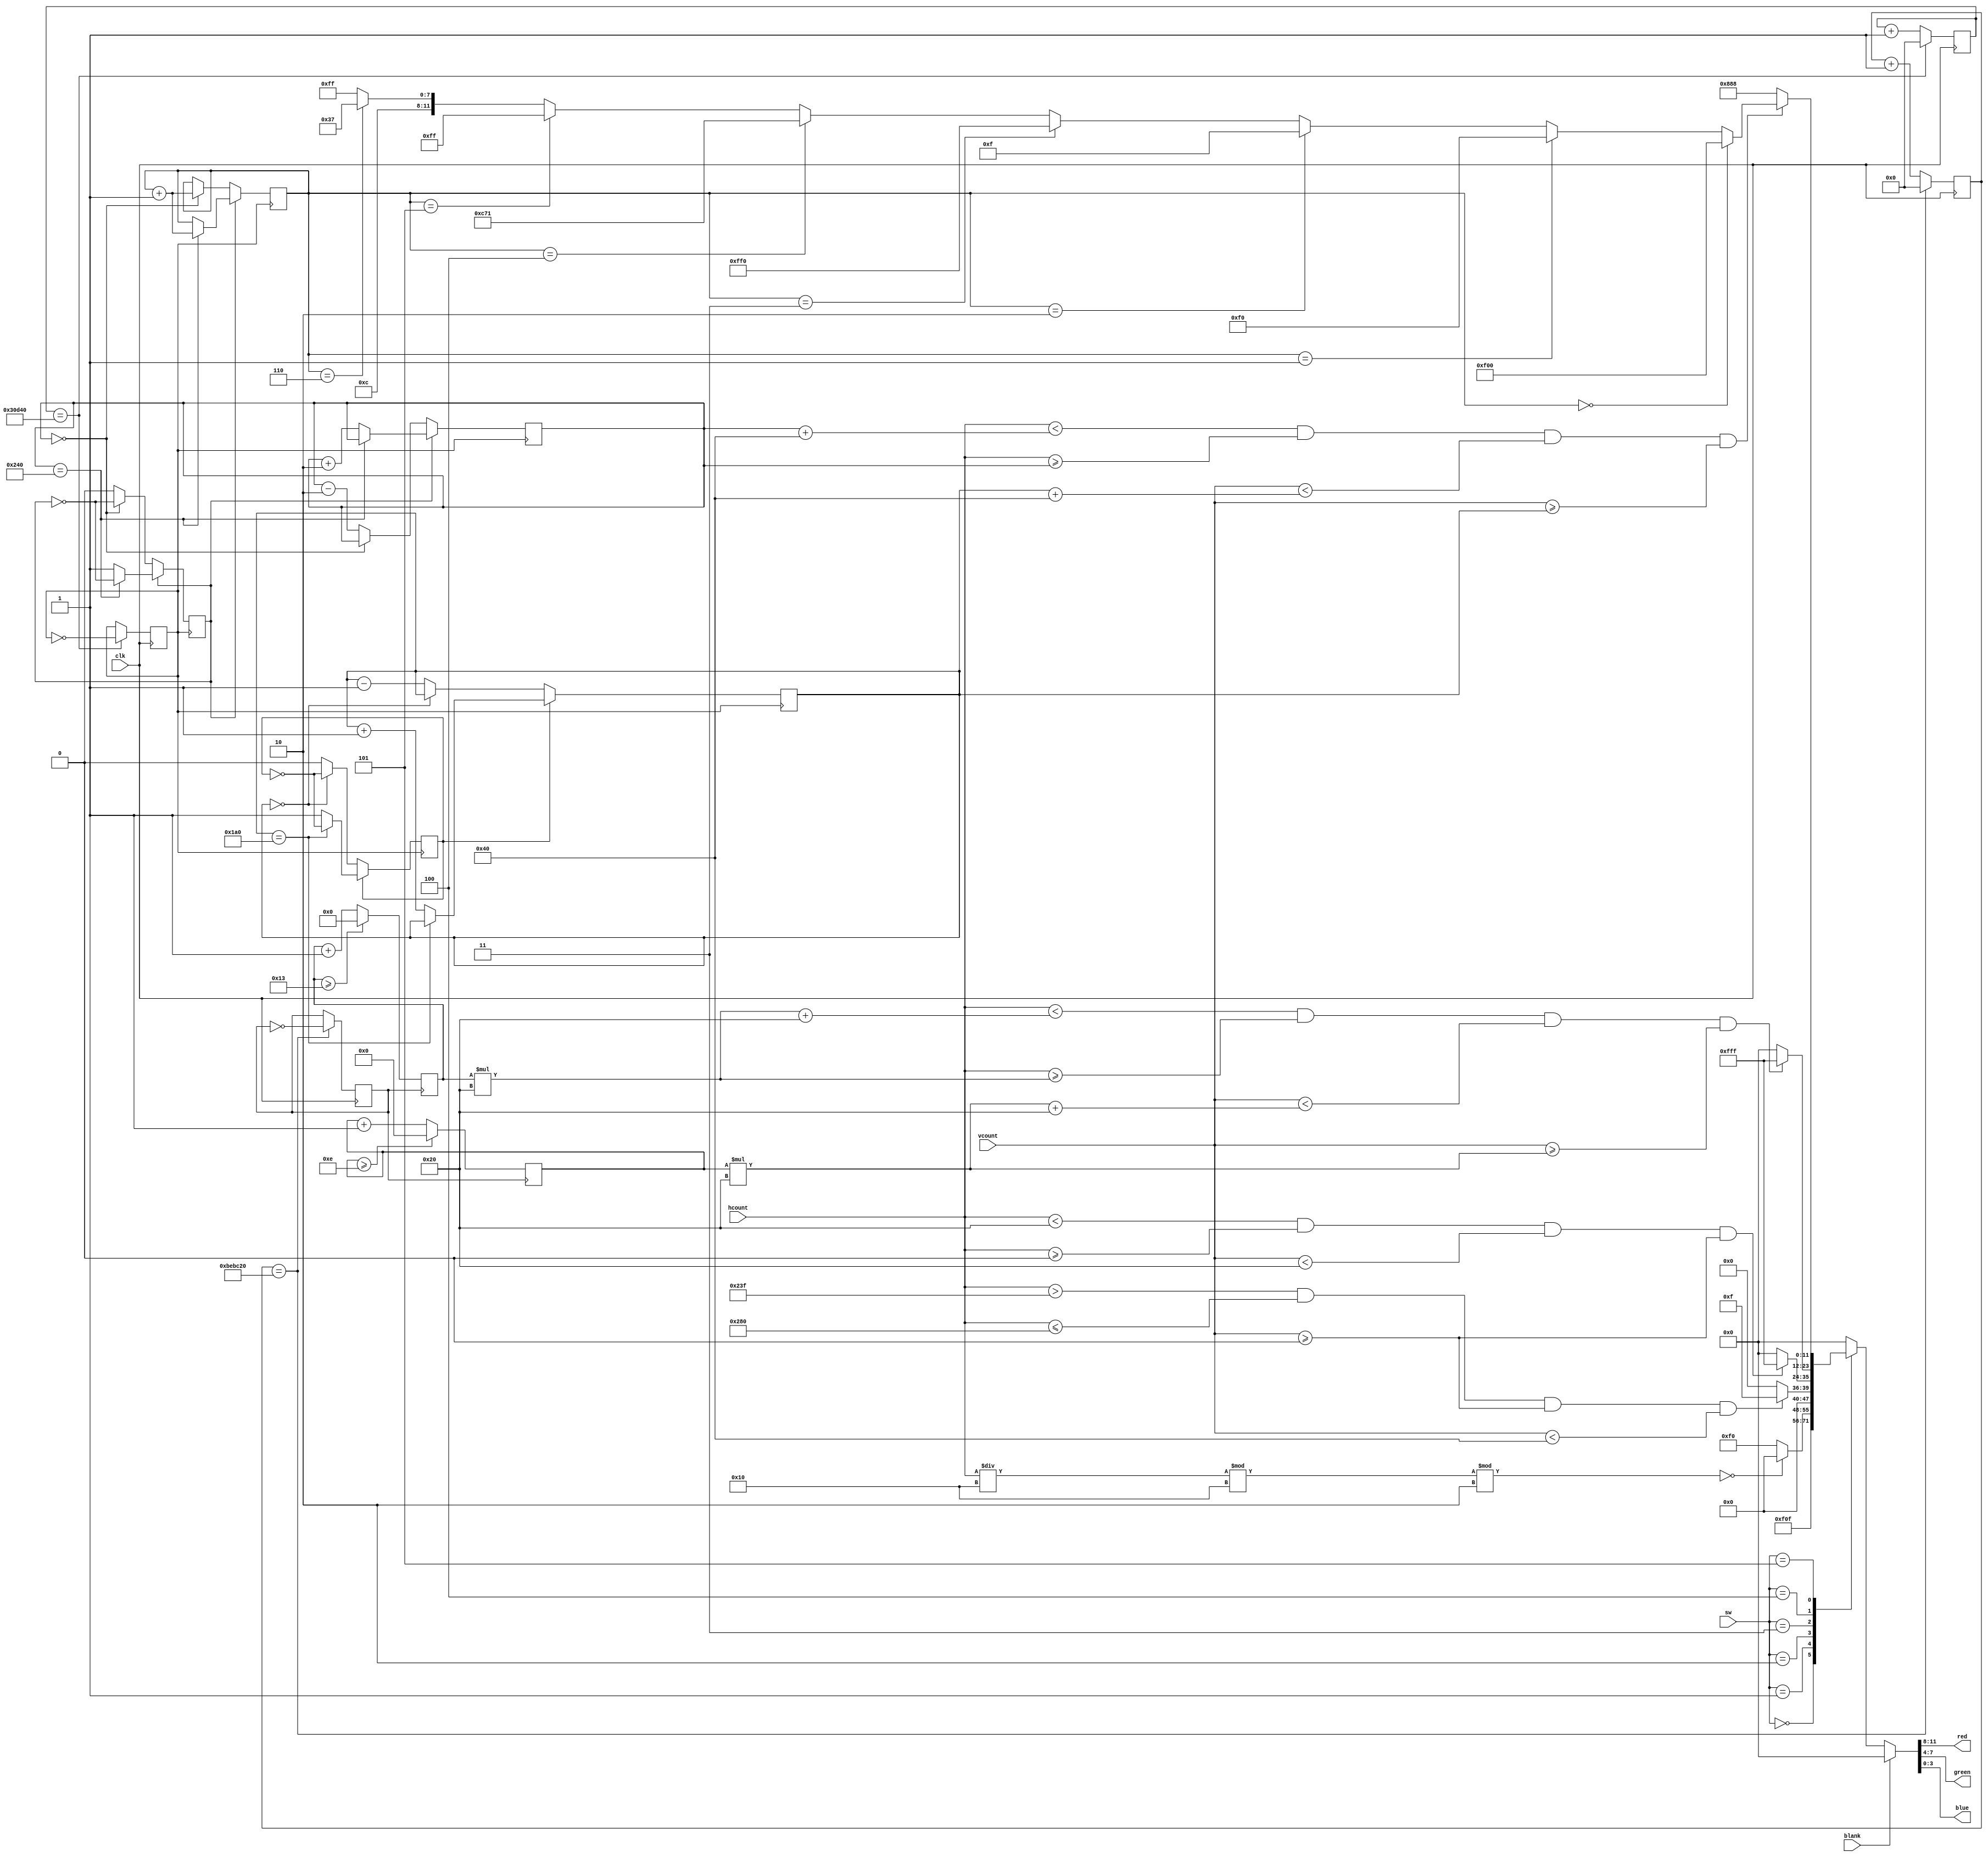
`timescale 1ns / 1ps
//////////////////////////////////////////////////////////////////////////////////
// Company: 
// 
// Design Name: 
// Module Name: vga_display
// Project Name: 
// Target Devices: 
// Tool Versions: 
// Description: VGA display color logic
// 
// Dependencies: 
// 
// Revision:
// Revision 0.01 - File Created
// Additional Comments:
// 
//////////////////////////////////////////////////////////////////////////////////


module vga_display (
    input   clk,            // 25MHz clock
    input   [3:0] sw,       // 4-bit slider input
    input         blank,    // blank state
    input  [10:0] hcount, vcount,   // hcount and vcount
    output  [3:0] red, green, blue  // 4-bit rgb outputs
    );
    
    
    // 1 Hz signal clock
    reg     clk_1Hz;
    reg     [23:0] count_clk1;
    always @ (posedge clk) begin
        if (count_clk1 == 12_500_000) begin
            count_clk1 <= 0;
            clk_1Hz <= ~clk_1Hz;
        end
        else
            count_clk1 <= count_clk1 + 1;
    end
    // 60 Hz signal clock
    reg     clk_60Hz;
    reg     [23:0] count_clk2;
    always @ (posedge clk) begin
        if (count_clk2 == 200_000) begin
            count_clk2 <= 0;
            clk_60Hz <= ~clk_60Hz;
        end
        else
            count_clk2 <= count_clk2 + 1;
    end
    
    
    
    // assign rgb outputs
    reg     [11:0]  vga_color;      // hold rgb values
    assign  red     = vga_color[11:8];
    assign  green   = vga_color[7:4];
    assign  blue    = vga_color[3:0];
            
    // color constants
    parameter [11:0] RED    = 12'HF00;
    parameter [11:0] GREEN  = 12'H0F0;
    parameter [11:0] BLUE   = 12'H00F;
    parameter [11:0] YELLOW = 12'HFF0;
    parameter [11:0] WHITE  = 12'HFFF;
    parameter [11:0] BLACK  = 12'H000;
    parameter [11:0] GREY   = 12'H888;
    parameter [11:0] ORANGE = 12'HC71;
    parameter [11:0] CYAN   = 12'H0FF;
    parameter [11:0] PINK   = 12'HC37;
    parameter [11:0] SKY    = 12'HCFF;
    
    reg [9:0]   c_x;    // square center x
    reg [8:0]   c_y;    // square center y
    reg [9:0]   c_x2;    // square center x2
    reg [8:0]   c_y2;    // square center y2

    // Part 3 x and y counters (wrap)
    always @ (posedge clk_1Hz) begin            
        c_x <= (c_x >= 19) ? 0 : c_x + 1;
    end
    
    always @ (posedge clk_1Hz) begin            
        c_y <= (c_y >= 14) ? 0 : c_y + 1;
    end
    
    // Extra credit x and y counters (bounce)
    reg i = 1, j = 1;   // when one, x2 and y2 count up, count down otherwise
    reg [2:0]   sel_color = 0;      // change between 8 colors when the square hits a border
    always @ (posedge clk_60Hz) begin
        if (i) begin
            if (c_x2 == 576) begin
                sel_color <= sel_color + 1; // increment color select (change color)
                i <= !i;                    // change counter direction
            end
            else c_x2 <= c_x2 + 2;
        end
        else if (!i) begin
            if (c_x2 == 0) begin
                sel_color <= sel_color + 1;
                i <= !i;
            end
            else c_x2 <= c_x2 - 2;
        end
    end
    
    always @ (posedge clk_60Hz) begin   // y2 counter         
        if (j) begin
            if (c_y2 == 416) j <= !j;
            else c_y2 <= c_y2 + 1;
        end
        else if (!j) begin
            if (c_y2 == 0) j <= !j;
            else c_y2 <= c_y2 - 1;
        end
    end
    
    // choose color from sel_color
    wire [11:0] color;
    assign color = (sel_color==0) ? RED    : 
                   (sel_color==1) ? GREEN  : 
                   (sel_color==2) ? BLUE   : 
                   (sel_color==3) ? YELLOW : 
                   (sel_color==4) ? ORANGE :
                   (sel_color==5) ? CYAN   : 
                   (sel_color==6) ? PINK   : 
                   SKY;

    // display mode
    always @ (blank, vcount, hcount, sw, c_x, c_y, c_x2, c_y2, color) begin
        if (blank)
            vga_color <= BLACK;
        else begin
            case (sw)
                4'b0000:    // green screen
                    vga_color <= GREEN;
                4'b0001:    // 16 pixel wide red & yellow bars (vertical)
                    vga_color <= (hcount/16 %16 %2==0) ? RED : YELLOW;
                4'b0010:    // 64x64 blue block on black background (top right)
                    vga_color <= (hcount > 575 && hcount <= 640 &&
                                    vcount >= 0 && vcount < 64) ? 
                                    BLUE : BLACK;
                4'b0011:    // 32x32 white block on black background (top left)
                    vga_color <= (hcount < 32 && hcount >= 0 &&
                                    vcount <32 && vcount >= 0) ? 
                                    WHITE : BLACK;
                
                4'b0100:    // 32x32 white block, black background, block 
                            // moves down 1 , right 1 at 1Hz
                    vga_color <= (hcount < (c_x*32 + 32) && hcount >= (c_x*32) &&
                                  vcount < (c_y*32 + 32) && vcount >= (c_y*32)  ) ? 
                                  WHITE : BLACK;
//                    if (hcount < counter+32 && hcount >= counter) vga_color = WHITE; ....
                
                4'b0101:
                    vga_color <= (  hcount < (c_x2 + 64) && hcount >= c_x2 &&
                                    vcount < (c_y2 + 64) && vcount >= c_y2  ) ? 
                                  color : GREY;                
                    
                default:    // default state: black screen 
                    vga_color <= BLACK;
            endcase
        end
    end
    
endmodule